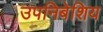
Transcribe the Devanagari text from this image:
उपनिबेशिय